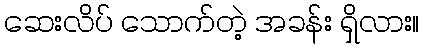
ဆေးလိပ် သောက်တဲ့ အခန်း ရှိလား။